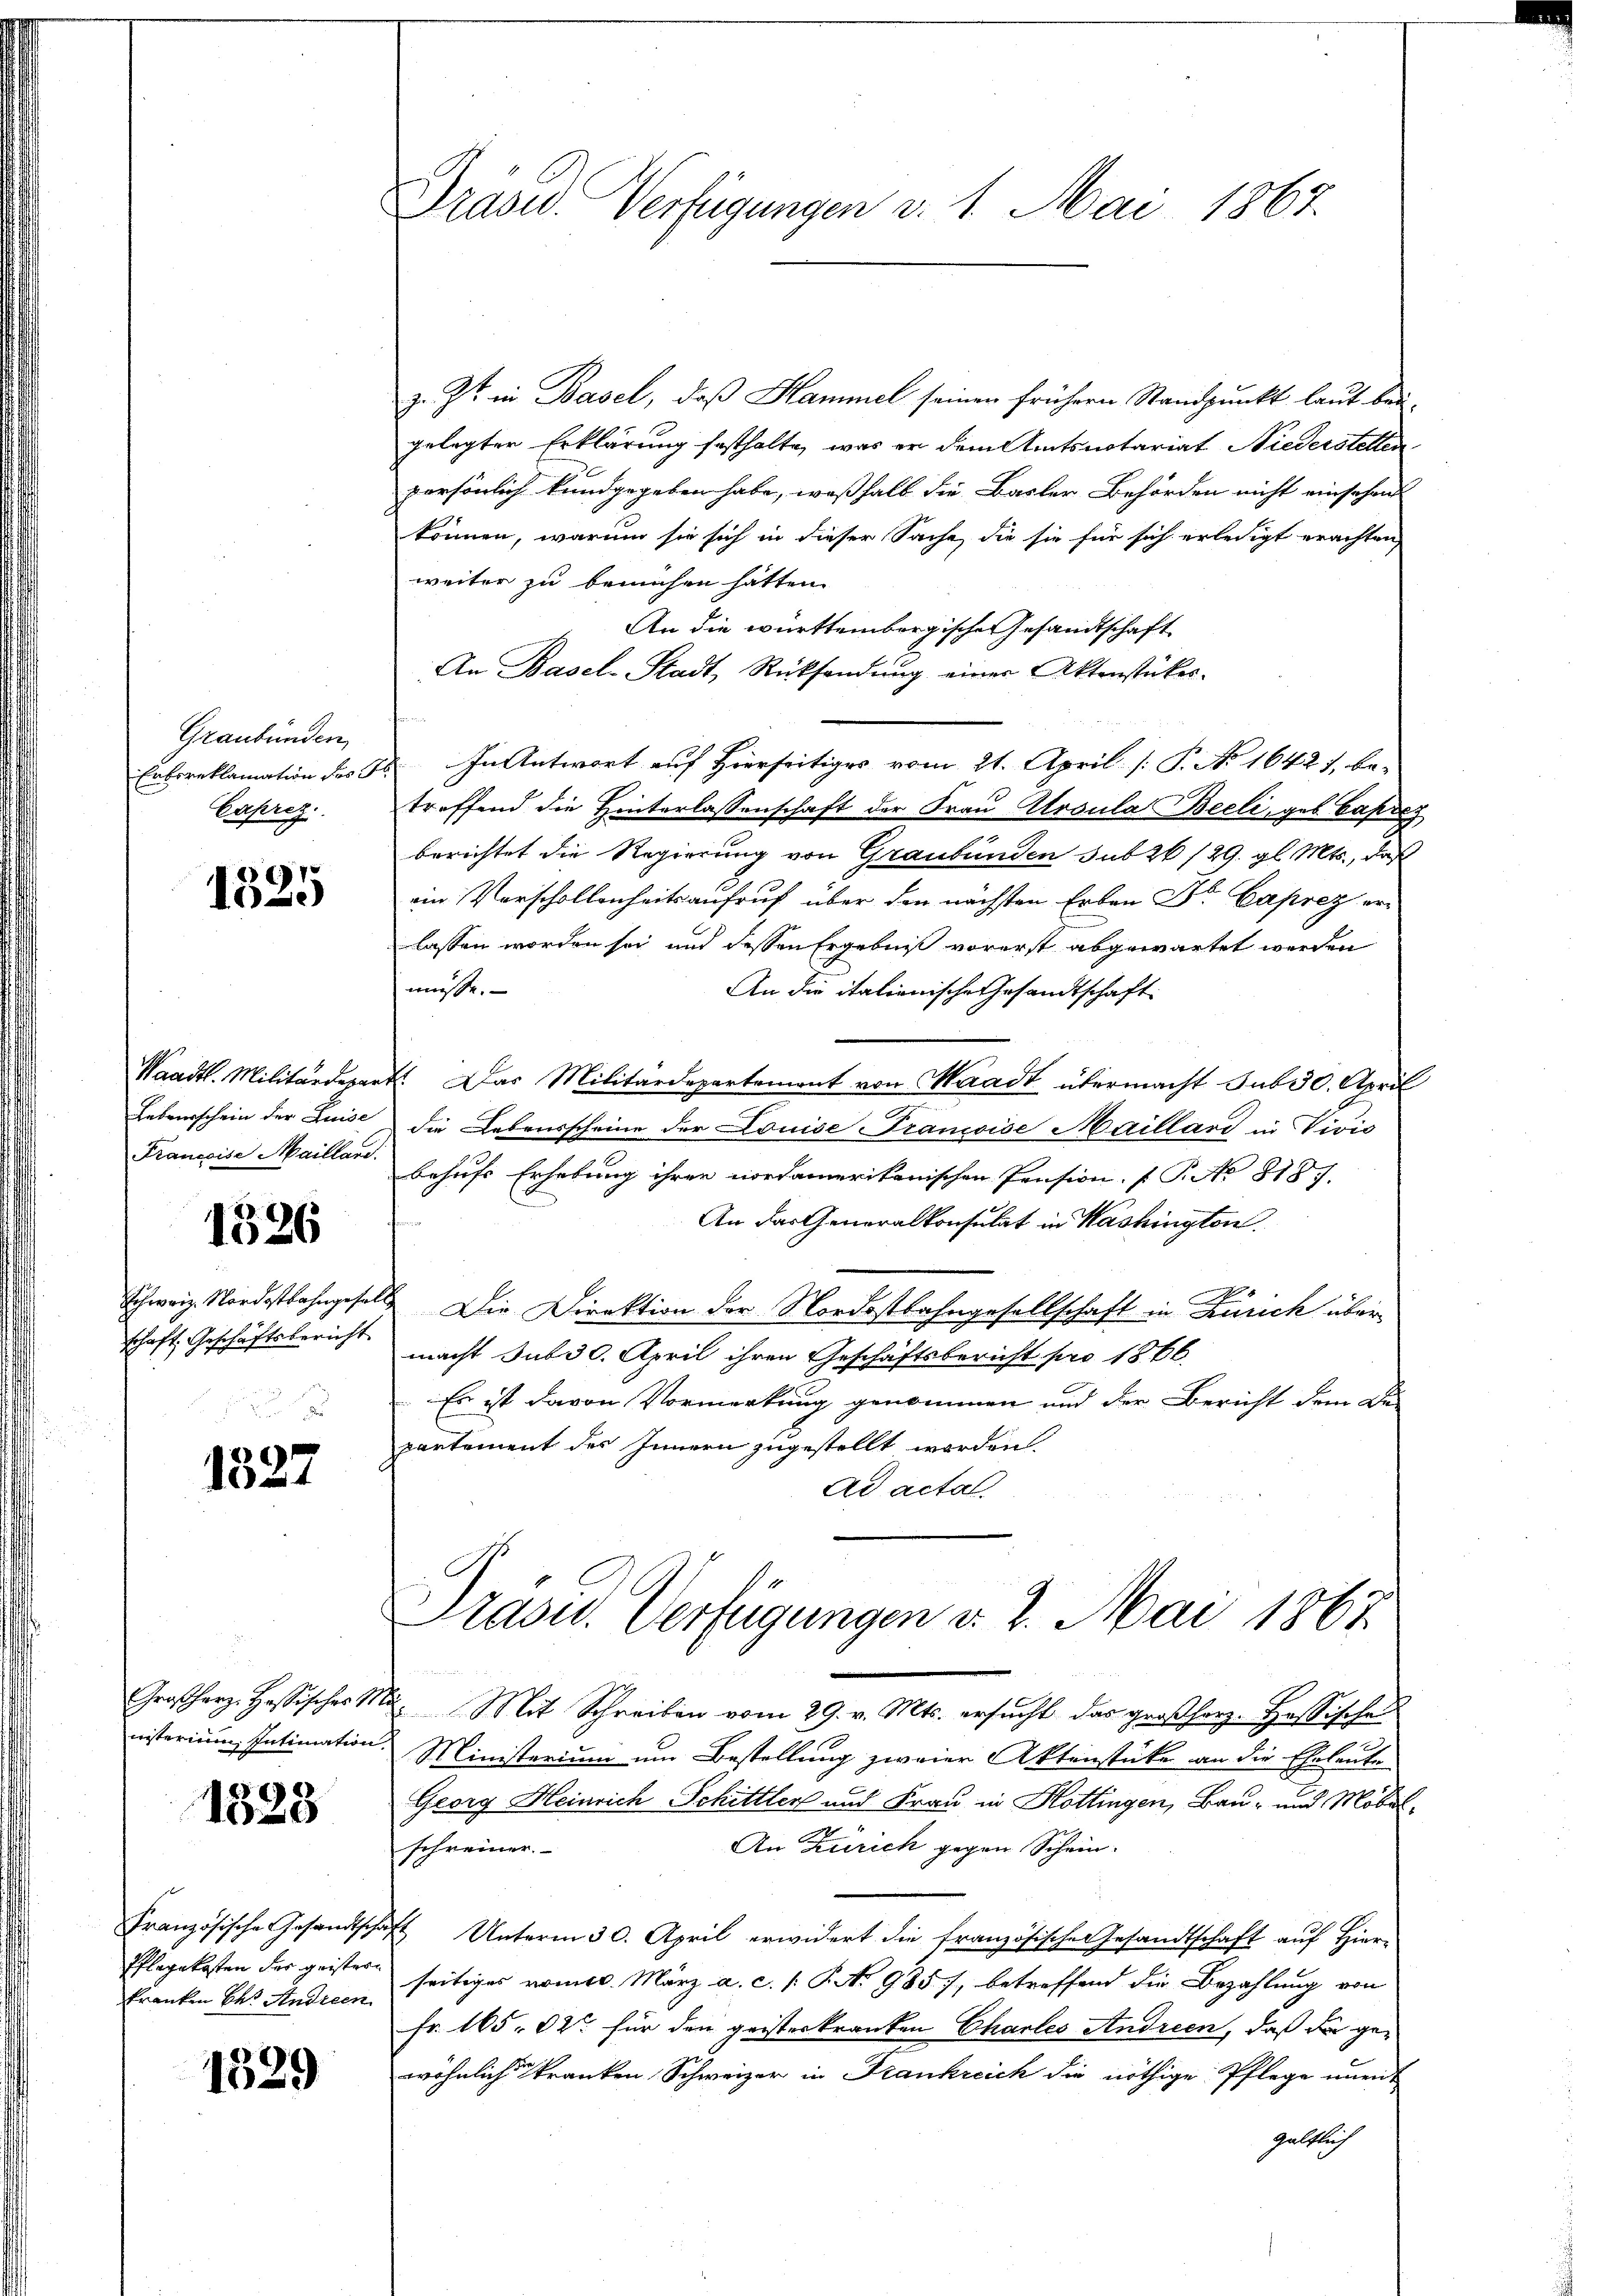
Graubünden,
Enbcreklamation des
Caprez.

1
1)

Lebensschein der Luise
Francoise Mailland.

1326

Schweiz. Nordostbahngese
schaft, Geschäftsbericht

1327

Großherz. Hassisches St
nisterium Intimation

1528

Pflegekosten der geistern
kranken bes. Andreen

1529

Gräsd Verfügungen d. 1. Mai 1863.

z. Zt. in Basel, daß Hammel seinen früherer Standpunkt laut beigelegter Erklärung festhalte, was er dem Amtsnotariat Niederstellen
persönlich kundgegeben habe, weßhalb die Basler Behörden nicht einsehen
können, warum sie sich in dieser Sache, die sie für sich erledigt erachten,
weiter zu bemühen hatten.
An die württembergischen Gesandtschaft
An Basel-Stadt, Rücksendŭng einer Aktenstückes.
 In Antwort auf Hierseitiges vom 21. April [ P. No 16421, be-
troffend die Hinterlassenschaft der Frau Aroula Beeli, geb Capi
berichtet die Regierung von Graubünden sub 26/29. gl. Mts., daß
ein Vorschollenheitsaufruf über den nächsten Erben Dr. Caprez erlassen worden sei und dessen Ergebniß vorerst abgewartet werden
müsse.
An die italionische Gesandtschaft
Waadt. Militärdepart. Das Militärdepartement von Waadt übermacht sub 30. April
2
die Lebensscheine der Louise Francoise Maillard in Vivis
behufs Erhebung ihrer nordamerikanischen Pension. (T. No 8187.
An das Generalkonsulat in Washingten
 Die Direktion der Nordostbahngesellschaft in Zürich über
macht sub 30. April ihren Geschäftsbericht pro 1866.
Es ist davon Vormerkung genommen und der Bericht dem De-
partement des Innern zugestellt worden.
Ad acta
Präsid.. Verfügungen d. 2. Mai 1867

 Mit Schreiben vom 29. v. Mts. ersucht, das großherz. Hessischen
Ministerium um Bestellung zweier Aktenstücke an die Eheleute
Georg Heinrich Schittler und Frau in Hottingen, Bau- und Möbel¬
An Zürich gegen Schein.
schreiner.
Französische Gesandtschaft Unterm 30. April erwidert die französische Gesandtschaft aŭf Hier-
seitiges nomis. März a. c. s. P. N. 985, betreffend die Bezahlung von
Fr. 165. 62 für den geisterkranken Chartes Andreen, daß da gewöhnlich kranken Schweizer in Krankreich die nöthige Pflege uner-
hältlich